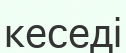
кеседі